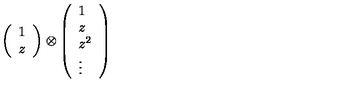
\left( \begin{array} { c } { 1 } \\ { z } \\ \end{array} \right) \otimes \left( \begin{array} { l } { 1 } \\ { z } \\ { z ^ { 2 } } \\ { \vdots } \\ \end{array} \right)